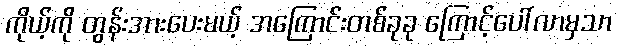
ကိုယ့်ကို တွန်းအားပေးမယ့် အကြောင်းတစ်ခုခု ကြောင့်ပေါ်လာမှသာ